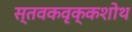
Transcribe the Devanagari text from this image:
स्तवकवृक्कशोथ